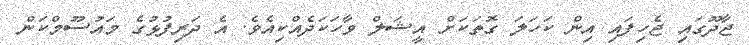
ޖާދޫގައި ޖެހިފައި އިން ކަހަލަ ގޮތަކަށް އީޝަލް ވާހަކަދެއްކިއެވެ. އެ ދަރިފުޅުގެ މައުސޫމްކަން